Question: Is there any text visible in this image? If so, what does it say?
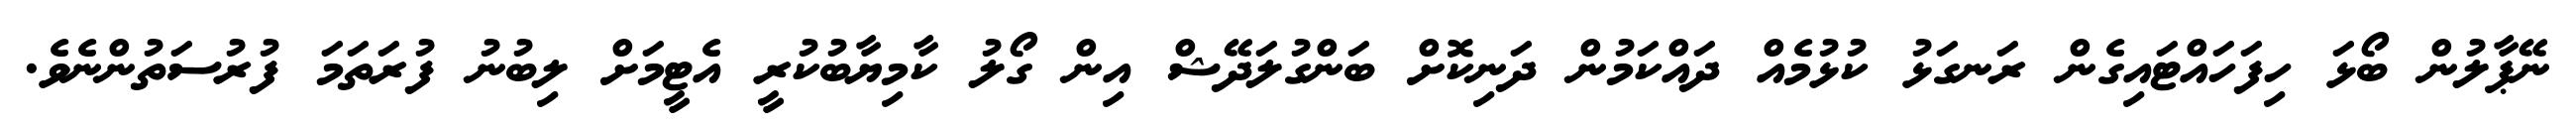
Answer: ނޭޕާލުން ބޯޅަ ހިފަހައްޓައިގެން ރަނގަޅު ކުޅުމެއް ދައްކަމުން ދަނިކޮށް ބަންގުލަދޭޝް އިން ގޯލު ކާމިޔާބުކުރީ އެޓީމަށް ލިބުނު ފުރަތަމަ ފުރުސަތުންނެވެ.